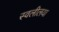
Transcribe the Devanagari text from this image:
स्वलीलया